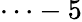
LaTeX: \cdots-5